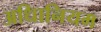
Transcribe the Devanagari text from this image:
अधिानियम